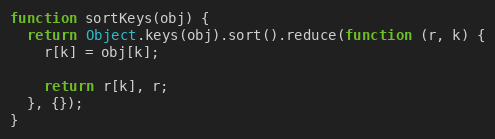
Language: JavaScript
function sortKeys(obj) {
  return Object.keys(obj).sort().reduce(function (r, k) {
    r[k] = obj[k];

    return r[k], r;
  }, {});
}